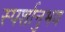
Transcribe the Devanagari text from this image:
स्पर्शानुभव